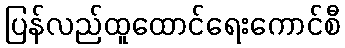
ပြန်လည်ထူထောင်ရေးကောင်စီ